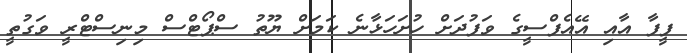
ފީފާ އާއި އޭއެފްސީގެ ވަފުދަށް ހުށަހަޅާނެ ކަމަށް ޔޫތު ސްޕޯޓްސް މިނިސްޓްރީ ވަގުތީ